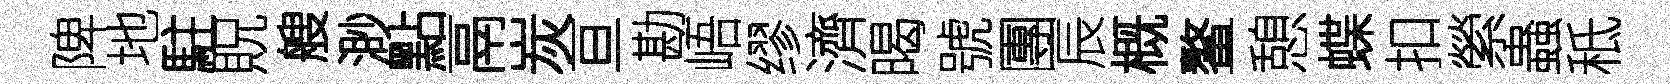
陴地駐貺艘渺點鬲炭亘勘峿缪濟暍號團辰概鳌憩蝶扣縈蟲秪